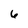
Character: 6